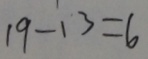
1 9 - 1 3 = 6